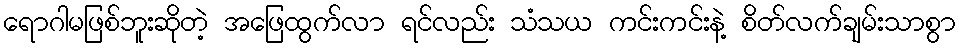
ရောဂါမဖြစ်ဘူးဆိုတဲ့ အဖြေထွက်လာ ရင်လည်း သံသယ ကင်းကင်းနဲ့ စိတ်လက်ချမ်းသာစွာ